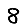
Digit: 8